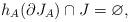
LaTeX: \begin{align*}h_A(\partial J_A)\cap J = \varnothing,\end{align*}